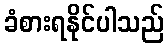
ခံစားရနိုင်ပါသည်